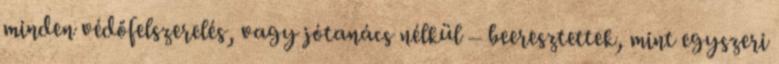
minden védőfelszerelés, vagy jótanács nélkül – bee­resz­tettek, mint egyszeri